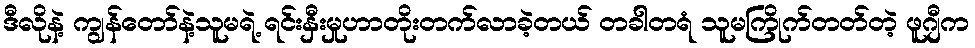
ဒီလိုနဲ့ ကျွန်တော်နဲ့သူမရဲ့ ရင်းနှီးမှုဟာတိုးတက်လာခဲ့တယ် တခါတရံ သူမကြိုက်တတ်တဲ့ ဖူဂျီက